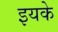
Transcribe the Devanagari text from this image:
इयके